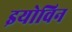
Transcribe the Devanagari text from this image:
इयोविन